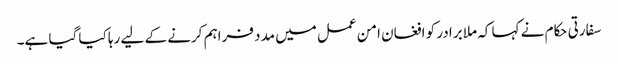
سفارتی حکام نے کہا کہ ملا برادر کو افغان امن عمل میں مدد فراہم کرنے کے لیے رہا کیا گیا ہے۔